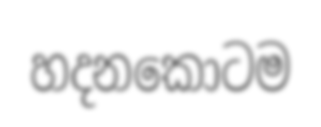
හදනකොටම